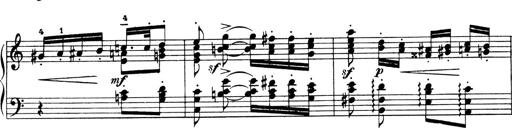
Title: 4 Sonatines
Composer: Max Reger